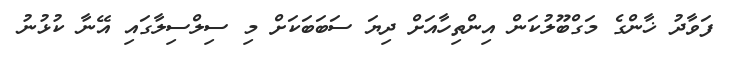
ފަވާދު ޚާންގެ މަގްބޫލުކަން އިންތިހާއަށް ދިޔަ ސަބަބަކަށް މި ސިލްސިލާގައި އޭނާ ކުޅުނު